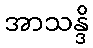
အာသန္ဒိ